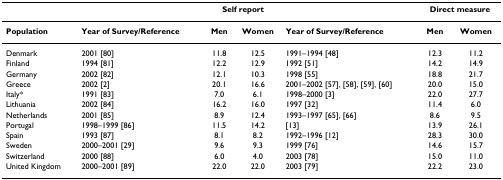
|  |  | <COLSPAN=2> Self report |  | <COLSPAN=2> Direct measure |
 | --- | --- | --- | --- | --- | --- | --- |
 | Population | Year of Survey/Reference | Men | Women | Year of Survey/Reference | Men | Women |
 | Denmark | 2001 [80] | 11.8 | 12.5 | 1991–1994 [48] | 12.3 | 11.2 |
 | Finland | 1994 [81] | 12.2 | 12.9 | 1992 [51] | 14.2 | 14.9 |
 | Germany | 2002 [82] | 12.1 | 10.3 | 1998 [55] | 18.8 | 21.7 |
 | Greece | 2002 [2] | 20.1 | 16.6 | 2001–2002 [57], [58], [59], [60] | 20.0 | 15.0 |
 | Italy* | 1991 [83] | 7.0 | 6.1 | 1998–2000 [3] | 22.0 | 27.7 |
 | Lithuania | 2002 [84] | 16.2 | 16.0 | 1997 [32] | 11.4 | 6.0 |
 | Netherlands | 2001 [85] | 8.9 | 12.4 | 1993–1997 [65], [66] | 8.6 | 9.5 |
 | Portugal | 1998–1999 [86] | 11.5 | 14.2 | [13] | 13.9 | 26.1 |
 | Spain | 1993 [87] | 8.1 | 8.2 | 1992–1996 [12] | 28.3 | 30.0 |
 | Sweden | 2000–2001 [29] | 9.6 | 9.3 | 1999 [76] | 14.6 | 15.7 |
 | Switzerland | 2000 [88] | 6.0 | 4.0 | 2003 [78] | 15.0 | 11.0 |
 | United Kingdom | 2000–2001 [89] | 22.0 | 22.0 | 2003 [79] | 22.2 | 23.0 |